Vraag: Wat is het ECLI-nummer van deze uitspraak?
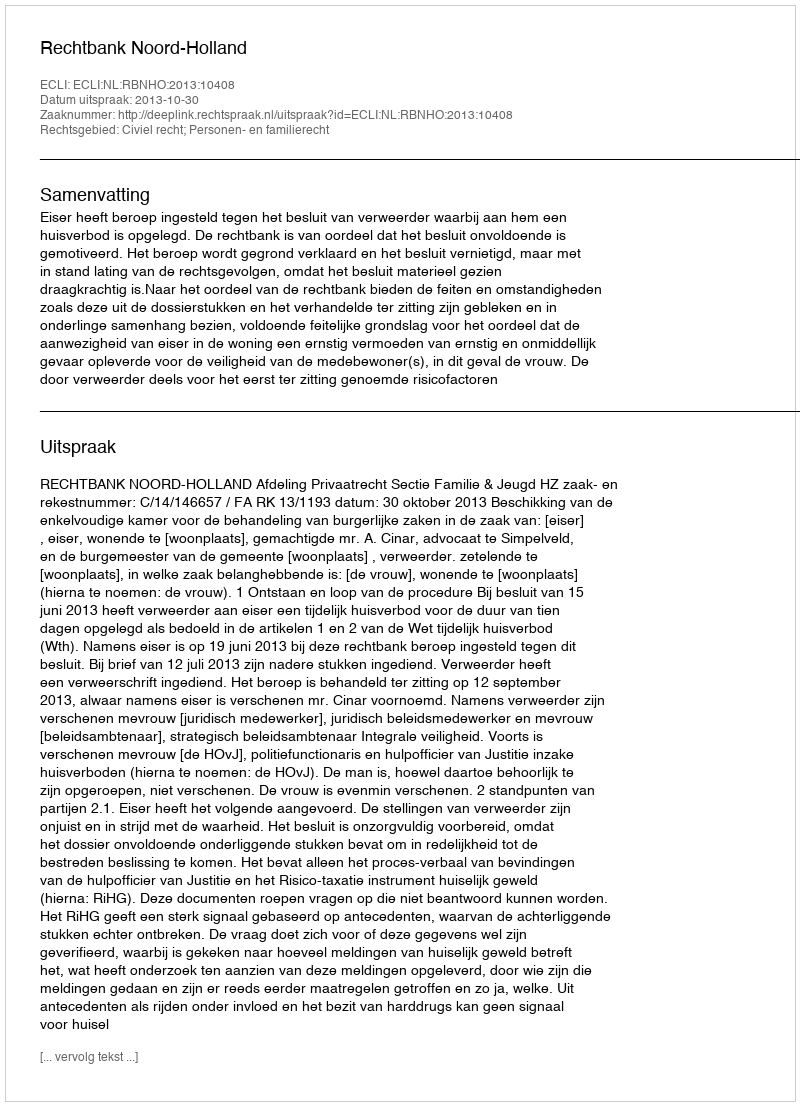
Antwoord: ECLI:NL:RBNHO:2013:10408